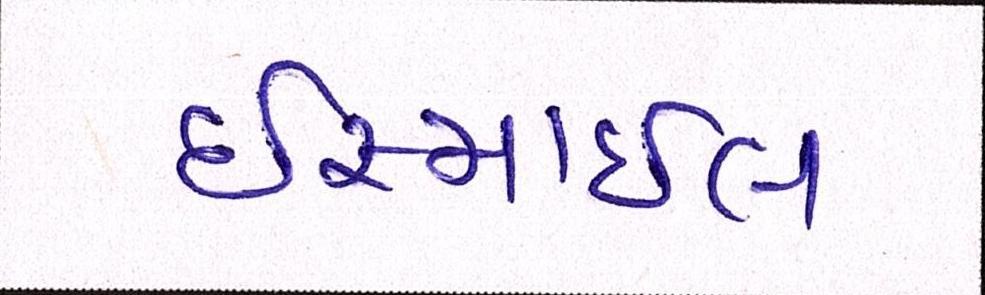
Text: ઈસ્માઈલ